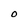
Character: O